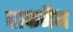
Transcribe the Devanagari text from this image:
हाफमैन